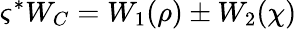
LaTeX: \varsigma^{*}W_{C}=W_{1}(\rho)\pm W_{2}(\chi)